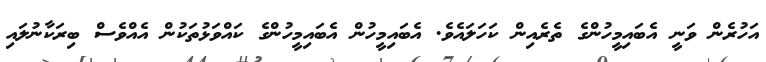
އަހުރެން ވަނީ އެބައިމީހުންގެ ތެރެއިން ކަހަލައެވެ. އެބައިމީހުން އެބައިމީހުންގެ ކައްވަޅުތަކުން އެއްވެސް ބިރަކާނުލައި